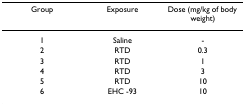
| Group | Exposure | Dose (mg/kg of body weight) |
 | --- | --- | --- |
 | 1 | Saline | - |
 | 2 | RTD | 0.3 |
 | 3 | RTD | 1 |
 | 4 | RTD | 3 |
 | 5 | RTD | 10 |
 | 6 | EHC -93 | 10 |